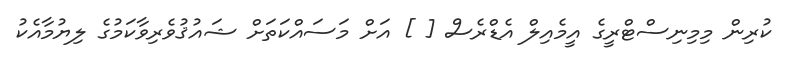
ކުރިން މިމިނިސްޓްރީގެ އީމެއިލް އެޑްރެސް [ ] އަށް މަސައްކަތަށް ޝައުޤުވެރިވާކަމުގެ ލިޔުމާއެކު